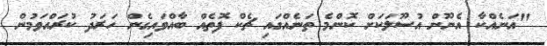
"އަނެއްކާ އެނޫން އުސޫލަކަށް ކޮންމެ ތަނެއްގައި ޗެކް ފޮތެއް ބާއްވައިގެން ހަރަދު ކުރައްވަމުން